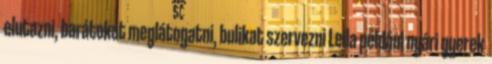
elutazni, barátokat meglátogatni, bulikat szervezni Leila például nyári gyerek